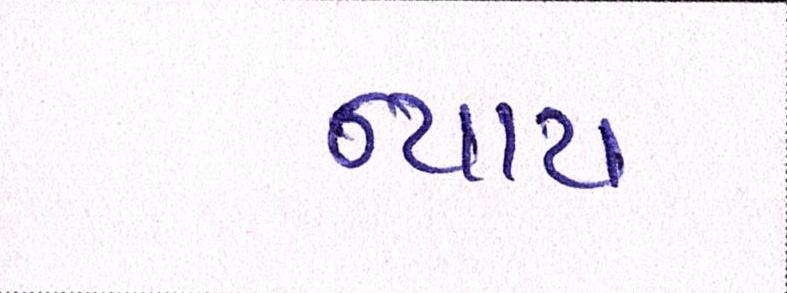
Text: ન્યાય